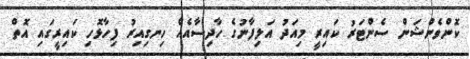
ކޮންވެންޝަން ސެންޓަރު ކައިރީ މިއަދު އަލިފާނުގެ ހާދިސާއެއް ހިނގިއިރު ފިހާޅޮހި ކައިރީގައި އޮތް